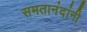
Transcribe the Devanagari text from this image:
समतानंदांनी